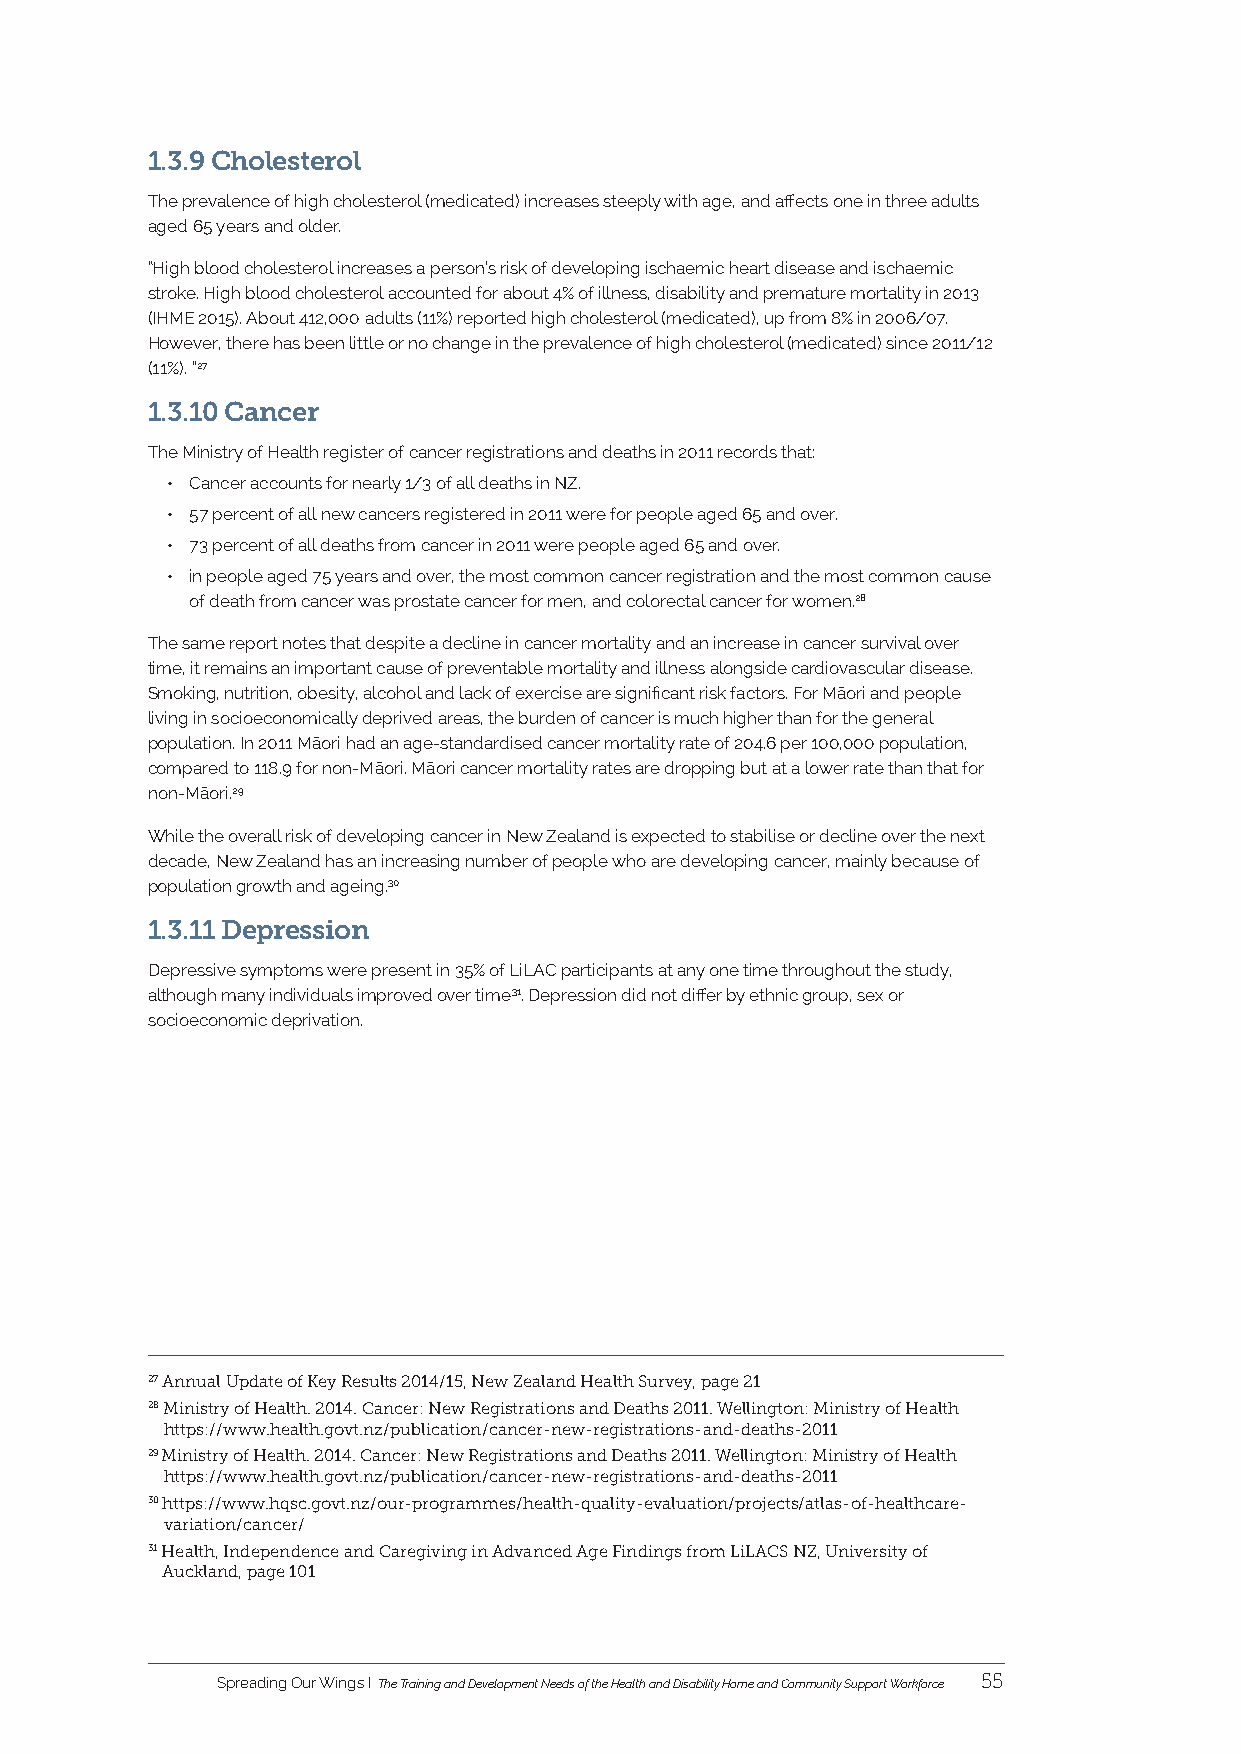
1.3.9 Cholesterol
 The prevalence of high cholesterol (medicated) increases steeply with age, and affects one in three adults
 aged 65 years and older.
 “High blood cholesterol increases a person’s risk of developing ischaemic heart disease and ischaemic
 stroke. High blood cholesterol accounted for about 4% of illness, disability and premature mortality in 2013
 (IHME 2015). About 412,000 adults (11%) reported high cholesterol (medicated), up from 8% in 2006/07.
 However, there has been little or no change in the prevalence of high cholesterol (medicated) since 2011/12
 (11%). ”27
 1.3.10 Cancer
 The Ministry of Health register of cancer registrations and deaths in 2011 records that:
 • Cancer accounts for nearly 1/3 of all deaths in NZ.
 • 57 percent of all new cancers registered in 2011 were for people aged 65 and over.
 • 73 percent of all deaths from cancer in 2011 were people aged 65 and over.
 • in people aged 75 years and over, the most common cancer registration and the most common cause
 of death from cancer was prostate cancer for men, and colorectal cancer for women.28
 The same report notes that despite a decline in cancer mortality and an increase in cancer survival over
 time, it remains an important cause of preventable mortality and illness alongside cardiovascular disease.
 Smoking, nutrition, obesity, alcohol and lack of exercise are significant risk factors. For Māori and people
 living in socioeconomically deprived areas, the burden of cancer is much higher than for the general
 population. In 2011 Māori had an age-standardised cancer mortality rate of 204.6 per 100,000 population,
 compared to 118.9 for non-Māori. Māori cancer mortality rates are dropping but at a lower rate than that for
 non-Māori.29
 While the overall risk of developing cancer in New Zealand is expected to stabilise or decline over the next
 decade, New Zealand has an increasing number of people who are developing cancer, mainly because of
 population growth and ageing.30
 1.3.11 Depression
 Depressive symptoms were present in 35% of LiLAC participants at any one time throughout the study,
 although many individuals improved over time31. Depression did not differ by ethnic group, sex or
 socioeconomic deprivation.
 27 Annual Update of Key Results 2014/15, New Zealand Health Survey, page 21
 28 Ministry of Health. 2014. Cancer: New Registrations and Deaths 2011. Wellington: Ministry of Health
 https://www.health.govt.nz/publication/cancer-new-registrations-and-deaths-2011
 29 Ministry of Health. 2014. Cancer: New Registrations and Deaths 2011. Wellington: Ministry of Health
 https://www.health.govt.nz/publication/cancer-new-registrations-and-deaths-2011
 30 https://www.hqsc.govt.nz/our-programmes/health-quality-evaluation/projects/atlas-of-healthcare-
 variation/cancer/
 31 Health, Independence and Caregiving in Advanced Age Findings from LiLACS NZ, University of
 Auckland, page 101
 Spreading Our Wings I The Training and Development Needs of the Health and Disability Home and Community Support Workforce 55